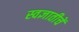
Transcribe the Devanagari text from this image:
स्वज्ञातीचें